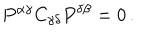
P ^ { \alpha \gamma } C _ { \gamma \delta } P ^ { \delta \beta } = 0 \, .